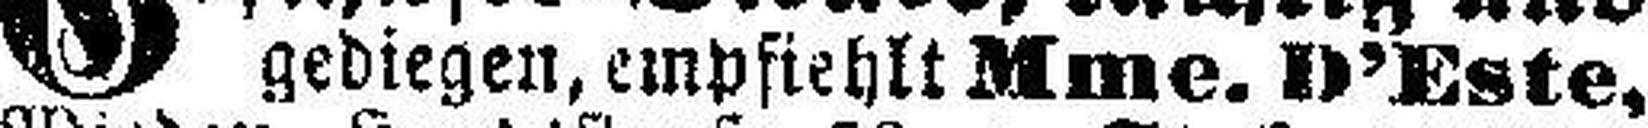
gediegen, empfiehlt Mme. D’Este,